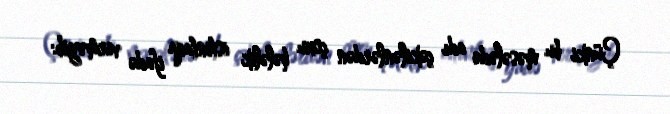
Çünki bu məsələdə adı çəkilənlərdən çoxu hələlik istintaqa ifadə verməyib: